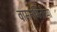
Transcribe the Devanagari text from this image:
वामनभिंतीच्या